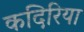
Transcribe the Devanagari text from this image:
कदिरिया